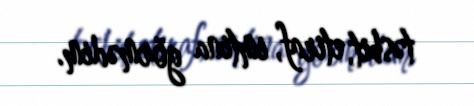
təsbit, etiraf, imtina görmədim.